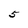
Character: 5